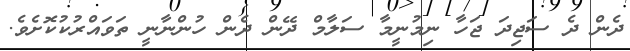
ދެން ދެ ސަޖިދަ ޖަހާ ނިމުނީމާ ސަލާމް ދޭން ދެން ހުންނާނީ ތަވައްރުކުކޮށެވެ.